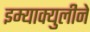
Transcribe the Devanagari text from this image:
इम्‍याक्‍युलीने